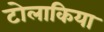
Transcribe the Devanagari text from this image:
टोलाकिया